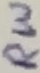
Text: RW